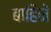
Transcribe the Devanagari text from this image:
बाहिनें